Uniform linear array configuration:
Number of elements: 8
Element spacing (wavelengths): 1
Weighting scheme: hann
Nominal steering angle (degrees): -60
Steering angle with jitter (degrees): -59.538
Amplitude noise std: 0.05
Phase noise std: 0.05

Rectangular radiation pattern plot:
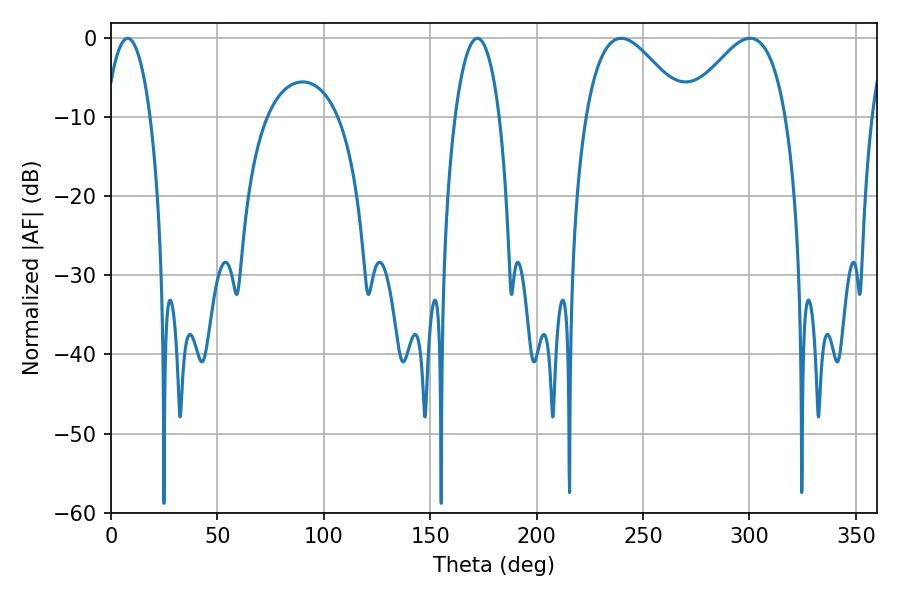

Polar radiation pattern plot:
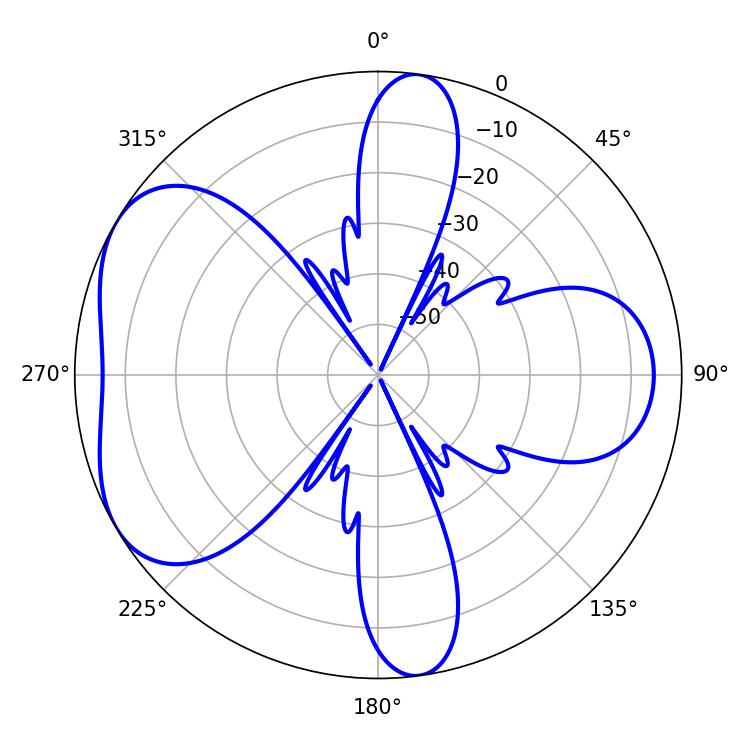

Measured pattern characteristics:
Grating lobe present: TRUE
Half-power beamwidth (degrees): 25.2
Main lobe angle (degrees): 239.76